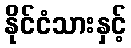
နိုင်ငံသားနှင့်